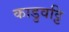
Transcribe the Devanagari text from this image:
काडुवट्टि